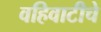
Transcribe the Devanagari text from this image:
वहिवाटीचे